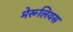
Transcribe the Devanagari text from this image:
मेरूलियस